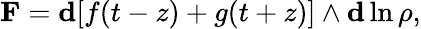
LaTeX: \mathbf{F}=\mathbf{d}[f(t-z)+g(t+z)]\wedge\mathbf{d}\ln{\rho},